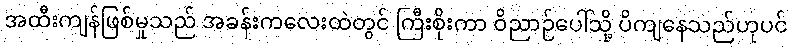
အထီးကျန်ဖြစ်မှုသည် အခန်းကလေးထဲတွင် ကြီးစိုးကာ ဝိညာဉ်ပေါ်သို့ ပိကျနေသည်ဟုပင်